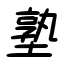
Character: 塾